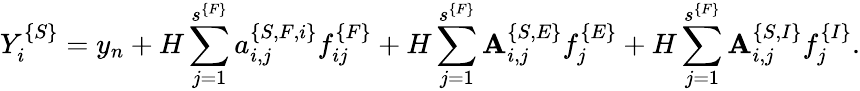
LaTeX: Y_{i}^{\{ S\} }=y_{n}+H\sum_{j=1}^{s^{\{ F\} }}a_{i,j}^{\{ S,F,i\} }f_{ij}^{\{ F\} }+H\sum_{j=1}^{s^{\{ F\} }}{\mathbf A}_{i,j}^{\{ S,E\} }f_{j}^{\{ E\} }+H\sum_{j=1}^{s^{\{ F\} }}{\mathbf A}_{i,j}^{\{ S,I\} }f_{j}^{\{ I\} }.